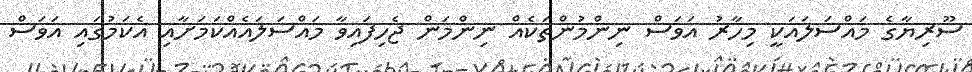
ސޫރިޔާގެ މައްސަލައަކީ މިހާރު އަވަސް ނިންމުންތަކެއް ނިންމަން ޖެހިފައިވާ މައްސަލައެއްކަމަށާއި އެކަމުގައި އަވަސް